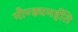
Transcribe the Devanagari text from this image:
मौण्ड्यमर्हति